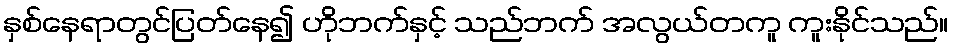
နှစ်နေရာတွင်ပြတ်နေ၍ ဟိုဘက်နှင့် သည်ဘက် အလွယ်တကူ ကူးနိုင်သည်။